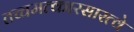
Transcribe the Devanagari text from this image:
तच्चमत्कारसारत्वे